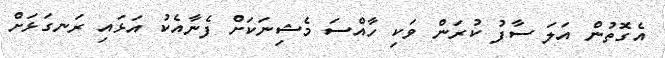
އެގޮތުން އަލަ ސާފު ކުރަން ވަކި ހާއްސަ މެޝިނަކަށް ފެނާއެކު އަޅައި ރަނގަޅަށް